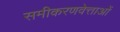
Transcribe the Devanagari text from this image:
समीकरणवेत्ताओं